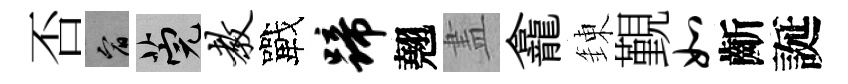
否宥筦教戰蹄翹𥁞龕錬覲如齗誕